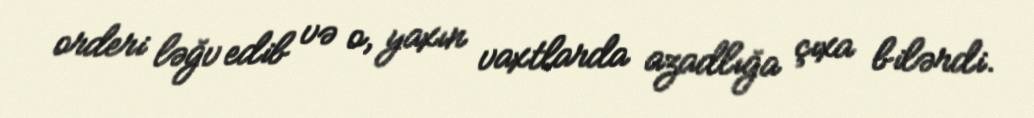
orderi ləğv edib və o, yaxın vaxtlarda azadlığa çıxa bilərdi.